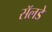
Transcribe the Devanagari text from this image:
सॅलडे